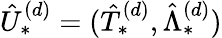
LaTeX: \hat{U}_{*}^{(d)}=(\hat{T}_{*}^{(d)},\hat{\Lambda}_{*}^{(d)})